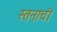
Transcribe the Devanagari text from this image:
स्तनाची